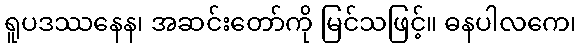
ရူပဒဿနေန၊ အဆင်းတော်ကို မြင်သဖြင့်။ ဓနပါလကေ၊